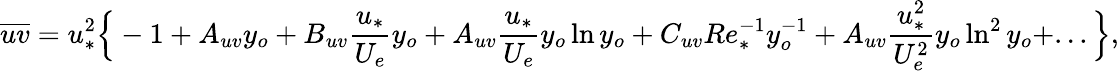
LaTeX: \overline{{uv}}=u_{*}^{2}\Big\{ -1+A_{uv}y_{o}+B_{uv}\frac{u_{*}}{U_{e}}y_{o}+A_{uv}\frac{u_{*}}{U_{e}}y_{o}\ln y_{o}+C_{uv}Re_{*}^{-1}y_{o}^{-1}+A_{uv}\frac{u_{*}^{2}}{U_{e}^{2}}y_{o}\ln^{2}y_{o}+...\Big\} ,